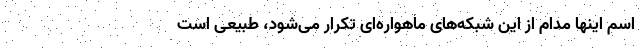
اسم اینها مدام از این شبکه‌های ماهواره‌ای تکرار می‌شود، طبیعی است